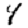
Digit: 4